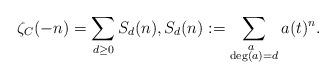
LaTeX: \begin{align*}\zeta_C(-n)=\sum_{d\geq 0}{S_d(n)}, S_d(n):=\sum_{\substack{a~\\ \deg(a)=d}}{a(t)^{n}}.\end{align*}